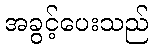
အခွင့်ပေးသည်